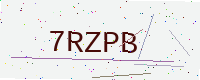
Text: 7RZPB